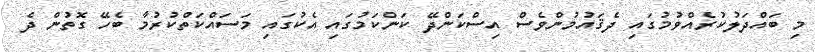
މި ބައްދަލުކުރެއްވުމުގައި ދެޤައުމުންވެސް އިސްކަންދޭ ކަންކަމުގައި އެކުގައި މަސައްކަތްކުރުމާ ބެހޭ ގޮތުން ދެ